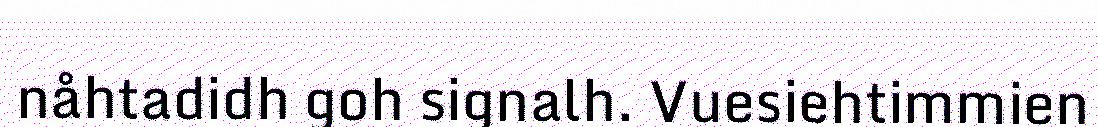
nåhtadidh goh signalh. Vuesiehtimmien